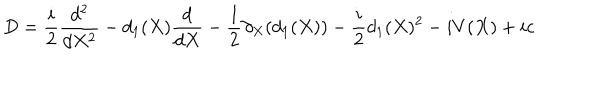
LaTeX: D = \frac { i } { 2 } \frac { d ^ { 2 } } { d X ^ { 2 } } - d _ { 1 } ( X ) \frac { d } { d X } - \frac { 1 } { 2 } \partial _ { X } ( d _ { 1 } ( X ) ) - \frac { i } { 2 } d _ { 1 } ( X ) ^ { 2 } - i V ( X ) + i c